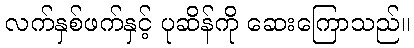
လက်နှစ်ဖက်နှင့် ပုဆိန်ကို ဆေးကြောသည်။